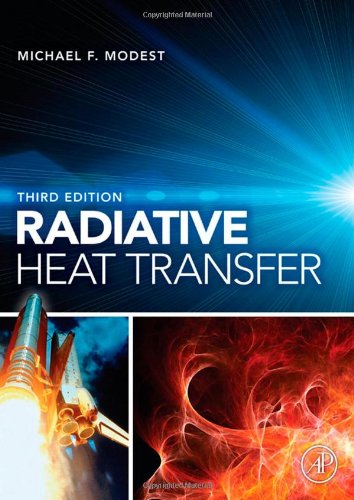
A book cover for Radiative Heat Transfer, Third Edition; Michael F. Modest; Science & Math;